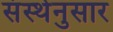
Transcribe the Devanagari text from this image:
संस्थेनुसार